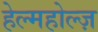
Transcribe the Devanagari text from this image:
हेल्महोल्ज़